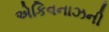
એકિવનાઝની